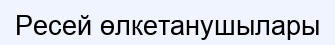
Ресей өлкетанушылары